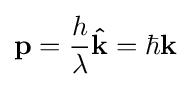
\mathbf {p} ={\frac {h}{\lambda }}\mathbf {\hat {k}} =\hbar \mathbf {k}